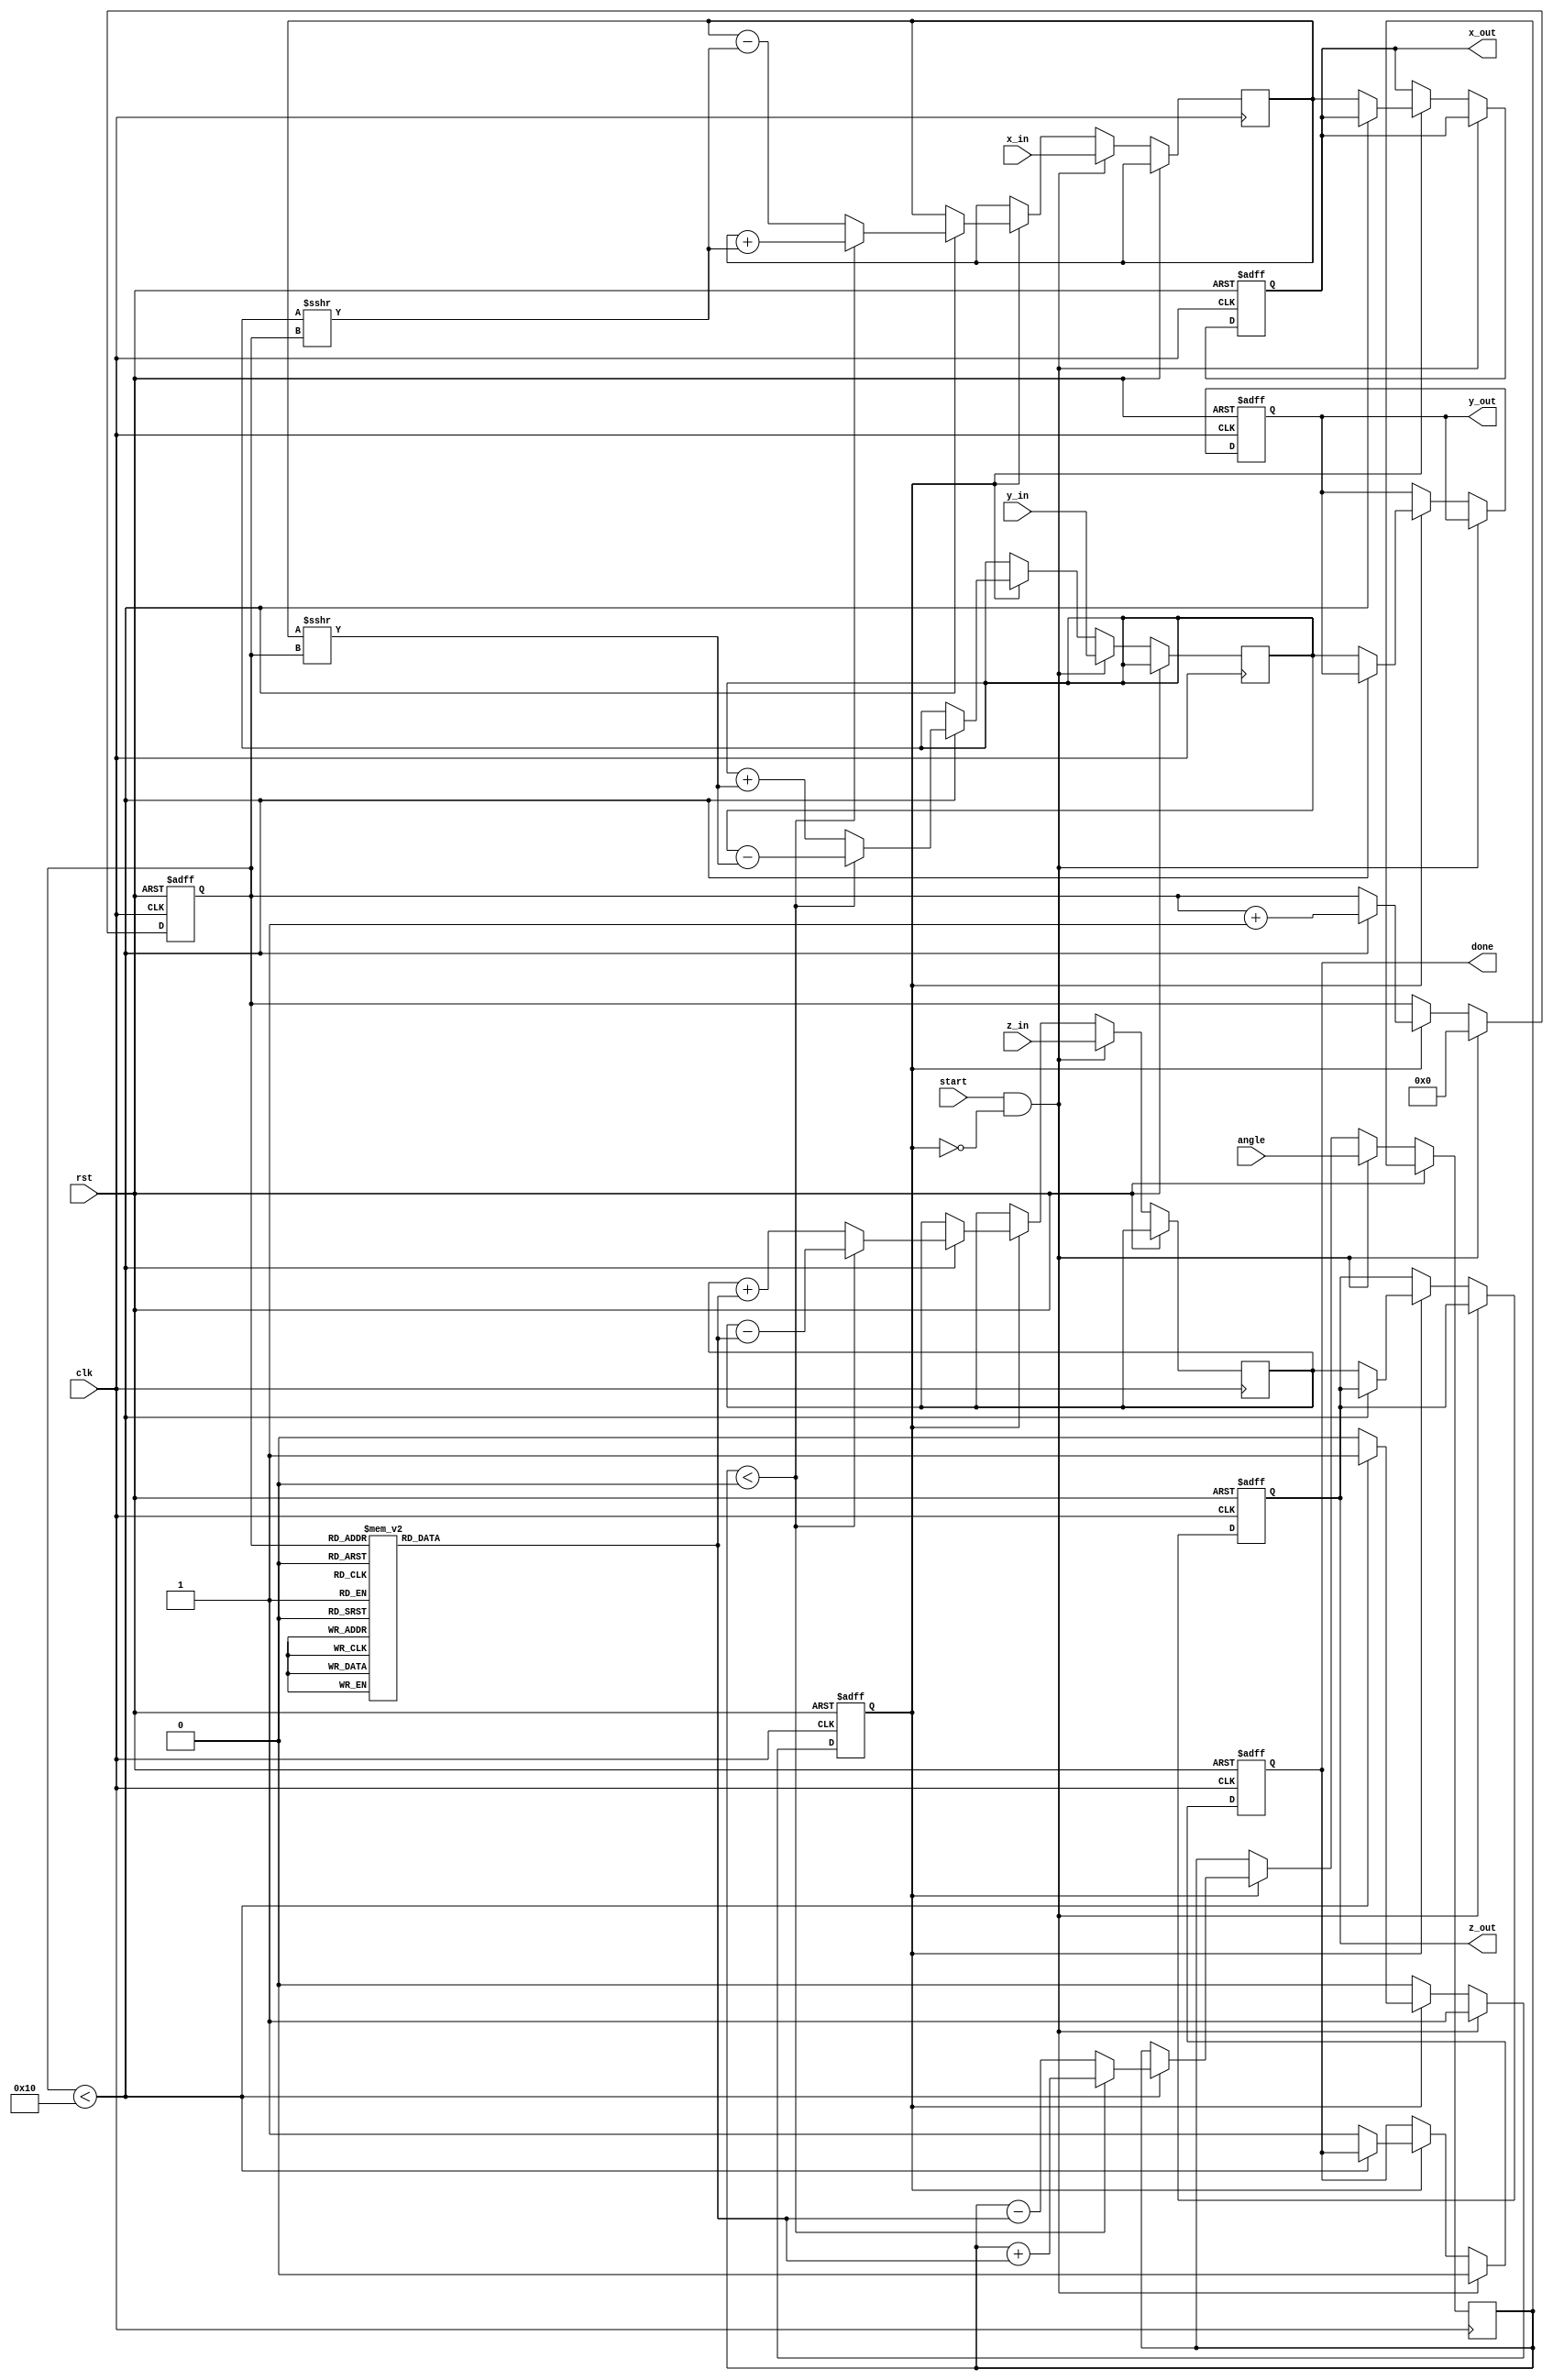
module CORDIC_3D (
    input wire clk,
    input wire rst,
    input wire [15:0] x_in,     // Input X
    input wire [15:0] y_in,     // Input Y
    input wire [15:0] z_in,     // Input Z
    input wire [15:0] angle,     // Desired rotation angle
    input wire start,            // Start signal
    output reg [15:0] x_out,     // Output X
    output reg [15:0] y_out,     // Output Y
    output reg [15:0] z_out,     // Output Z
    output reg done              // Done signal
);

// Internal parameters
parameter MAX_ITERATIONS = 16;
parameter FIXED_POINT_WIDTH = 16;

// Arctangent and scaling factor look-up tables
reg [FIXED_POINT_WIDTH-1:0] atan_table [0:15];  // Lookup for arctangent values
reg [FIXED_POINT_WIDTH-1:0] scale_table [0:15]; // Lookup for scaling factors (precomputed)

// CORDIC state variables
reg [15:0] x;
reg [15:0] y;
reg [15:0] z;
reg [15:0] current_angle;
reg [3:0] iteration_count;
reg [3:0] i;                           // Loop counter
reg operation_mode;                     // 1 for rotation, 0 for vectoring
reg busy;

// Populate arctangent and scale tables (for demonstration)
initial begin
    // Initialize atan_table and scale_table with precomputed values
    atan_table[0] = 16'h0000;  // atan(0)
    atan_table[1] = 16'h0192;  // atan(1/2)
    atan_table[2] = 16'h0334;  // atan(1/4)
    // Populate remaining values...

    scale_table[0] = 16'h2000;  // Scale factor for first iteration
    scale_table[1] = 16'h1732;  // Scale factor for second iteration
    // Populate remaining values...
end

// Main CORDIC process
always @(posedge clk or posedge rst) begin
    if (rst) begin
        x_out <= 0;
        y_out <= 0;
        z_out <= 0;
        done <= 0;
        busy <= 0;
        iteration_count <= 0;
        i <= 0;
    end else if (start && !busy) begin
        // Initialization of the CORDIC algorithm
        x <= x_in;
        y <= y_in;
        z <= z_in;
        current_angle <= angle;
        iteration_count <= 0;
        busy <= 1;
        i <= 0;
        done <= 0;
    end else if (busy) begin
        if (i < MAX_ITERATIONS) begin
            if (current_angle < 0) begin
                // Perform rotation in the negative direction
                x <= x + (y >>> i);
                y <= y - (x >>> i);
                z <= z - atan_table[i];
                current_angle <= current_angle + atan_table[i];
            end else begin
                // Perform rotation in the positive direction
                x <= x - (y >>> i);
                y <= y + (x >>> i);
                z <= z + atan_table[i];
                current_angle <= current_angle - atan_table[i];
            end
            i <= i + 1; // Increment iteration counter
        end else begin
            // Complete the operation
            x_out <= x;
            y_out <= y;
            z_out <= z;
            done <= 1; // Signal that processing is done
            busy <= 0; // Mark busy as false
        end
    end
end

endmodule